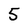
Character: 5